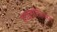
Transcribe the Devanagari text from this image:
हाइड्रोनिअम